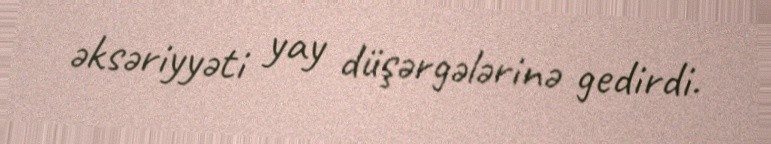
əksəriyyəti yay düşərgələrinə gedirdi.